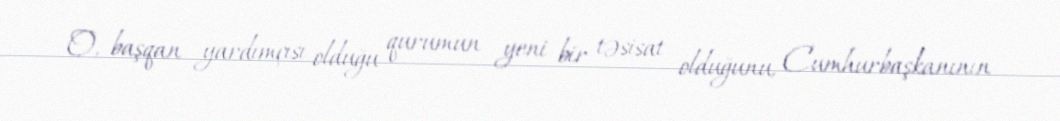
O, başqan yardımçısı olduğu qurumun yeni bir təsisat olduğunu, Cumhurbaşkanının